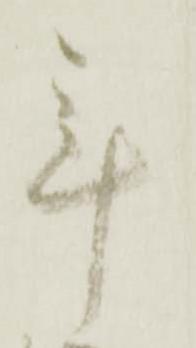
年